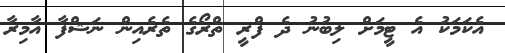
އެކަމަކު އެ ޓީމަށް ލިބުނު ދެ ފްރީ ތްރޯގެ ތެރެއިން ނަޝްފާ އާމިރާ